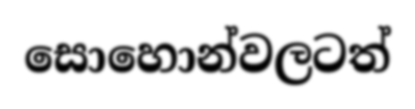
සොහොන්වලටත්